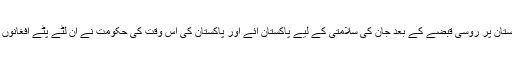
وہ بیچارے تو افغانستان پر روسی قبضے کے بعد جان کی سلامتی کے لیے پاکستان آئے اور پاکستان کی اُس وقت کی حکومت نے ان لٹے پٹے افغانوں کو خوش آمدید کہا۔